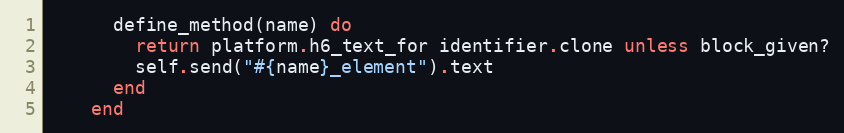
Language: Ruby
      define_method(name) do
        return platform.h6_text_for identifier.clone unless block_given?
        self.send("#{name}_element").text
      end
    end